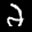
Label: 2